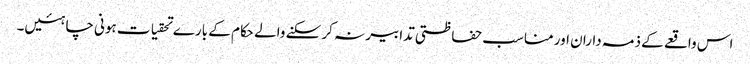
اس واقعے کے ذمہ داران اور مناسب حفاظتی تدابیر نہ کر سکنے والے حکام کے بارے تحقیات ہونی چاہئیں۔